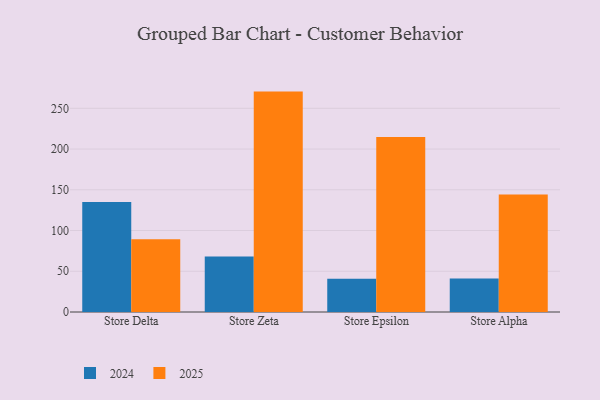
{"axis": {"x": "Store", "y": "Inventory Turnover"}, "legend": ["2024", "2025"], "data": [{"x": "Store Delta", "y": 89.2, "type": "2025"}, {"x": "Store Delta", "y": 135.1, "type": "2024"}, {"x": "Store Zeta", "y": 270.5, "type": "2025"}, {"x": "Store Zeta", "y": 68.0, "type": "2024"}, {"x": "Store Epsilon", "y": 214.9, "type": "2025"}, {"x": "Store Epsilon", "y": 40.8, "type": "2024"}, {"x": "Store Alpha", "y": 144.1, "type": "2025"}, {"x": "Store Alpha", "y": 41.2, "type": "2024"}]}